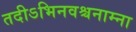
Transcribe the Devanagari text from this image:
तदीऽभिनवश्चनाम्ना